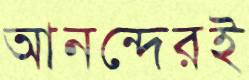
আনন্দেরই